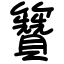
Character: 籫